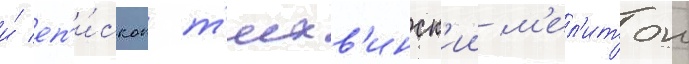
и́ еп'и́скоп т'ихв'инск'ии м'ел'итон